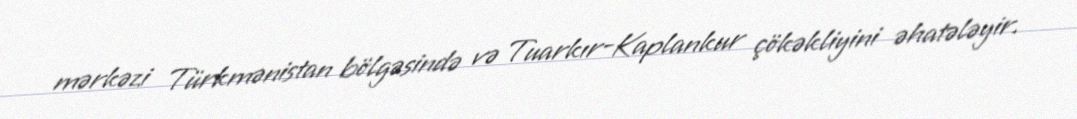
mərkəzi Türkmənistan bölgəsində və Tuarkır-Kaplankur çökəkliyini əhatələyir.